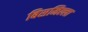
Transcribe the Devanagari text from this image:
बिसमिल्ला